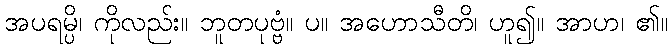
အပရမ္ပိ၊ ကိုလည်း။ ဘူတပုဗ္ဗံ။ ပ။ အဟောသီတိ၊ ဟူ၍။ အာဟ၊ ၏။